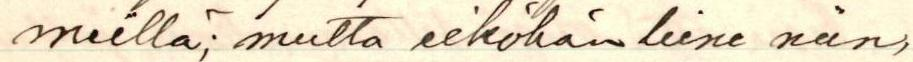
meillä, mutta eiköhän liene niin,